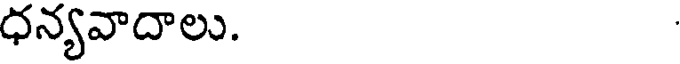
ధన్యవాదాలు.